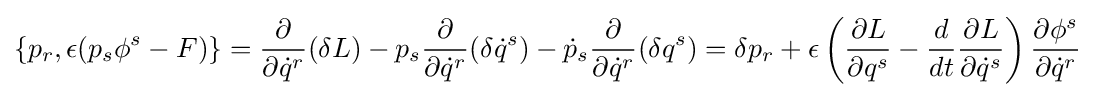
\{p_{r},\epsilon (p_{s}\phi ^{s}-F)\}={\frac {\partial }{\partial {\dot {q}}^{r}}}(\delta L)-p_{s}{\frac {\partial }{\partial {\dot {q}}^{r}}}(\delta {\dot {q}}^{s})-{\dot {p}}_{s}{\frac {\partial }{\partial {\dot {q}}^{r}}}(\delta q^{s})=\delta p_{r}+\epsilon \left({\frac {\partial L}{\partial q^{s}}}-{\frac {d}{dt}}{\frac {\partial L}{\partial {\dot {q}}^{s}}}\right){\frac {\partial \phi ^{s}}{\partial {\dot {q}}^{r}}}